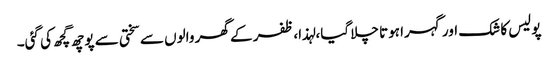
پولیس کا شک اور گہرا ہوتا چلا گیا،لہذا، ظفر کے گھر والوں سے سختی سے پوچھ گچھ کی گئی۔